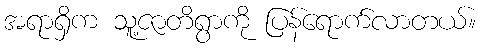
အရာရှိက သူ့ဇာတိရွာကို ပြန်ရောက်လာတယ်။